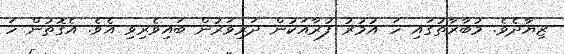
ޒިޔާދެވެ. މުބާރާތުގައި ހަ އުމުރު ފުރާއަކުން ދަރިވަރުން ބައިވެރިވި އެވެ. އެގޮތުން ހަ